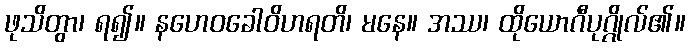
ဖုသိတွာ၊ ရ၍။ နဟေဝခေါဝိဟရတိ၊ မနေ။ အဿ၊ ထိုယောဂီပုဂ္ဂိုလ်၏။